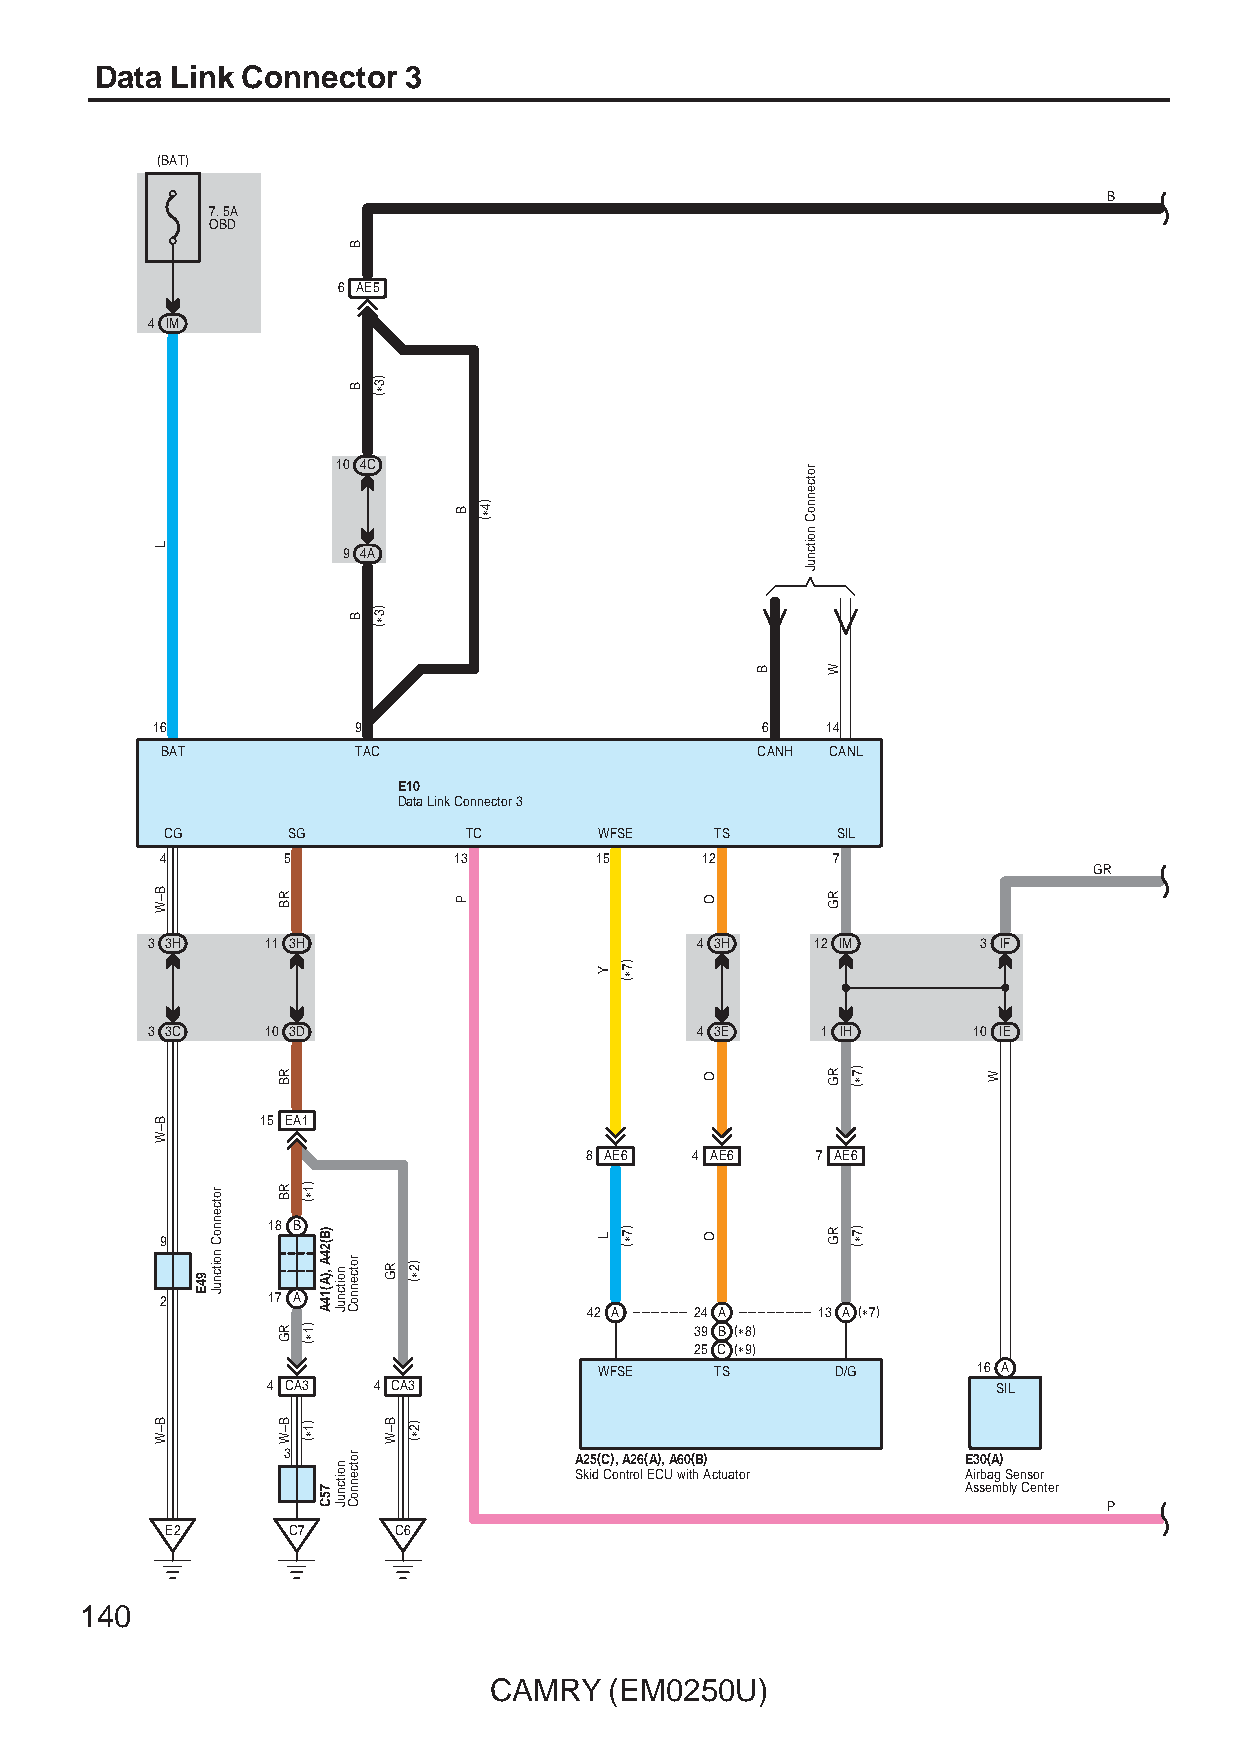
Data Link Connector  3
 (BAT)
 B
 7. 5A
 OBD
 6 AE5
 4 IM
 10 4C
 9 4A
 16           9                          6    14
 BAT          TAC                       CANH CANL
 E10
 Data Link Connector 3
 CG      SG          TC       WFSE   TS      SIL
 4       5          13       15     12       7
 GR
 3 3H    11 3H                       4 3H    12 IM      3 IF
 3 3C    10 3D                       4 3E    1 IH      10 IE
 15 EA1
 8 AE6  4 AE6   7 AE6
 18 B 9
 2      17 A
 42 A   24 A    13 A (∗7)
 39 B (∗8)
 25 C (∗9)
 WFSE   TS      D/G       16 A
 4 CA3  4 CA3                                    SIL
 3                  A25(C), A26(A), A60(B)    E30(A)
 Skid Control ECU with Actuator Airbag Sensor
 Assembly Center
 P
 E2      C7     C6
 140
 CAMRY   (EM0250U)
 L
 B–W
 B–W
 B–W
 94E
 rotcennoC
 noitcnuJ
 RB
 RB
 RB
 RG
 B–W
 )1∗(
 )1∗(
 )1∗(
 )B(24A
 ,)A(14A
 75C
 noitcnuJ
 noitcnuJ
 B
 B
 B
 rotcennoC
 rotcennoC
 )3∗(
 )3∗(
 RG
 B–W
 )2∗(
 )2∗(
 B
 P
 )4∗(
 Y
 L
 )7∗(
 )7∗(
 O
 O
 O
 B
 rotcennoC
 noitcnuJ
 W
 RG
 RG
 RG
 )7∗(
 )7∗(
 W